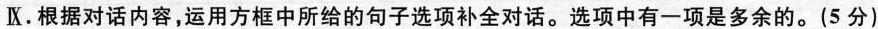
Ⅸ.根据对话内容,运用方框中所给的句子选项补全对话.选项中有一项是多余的.(5 分)